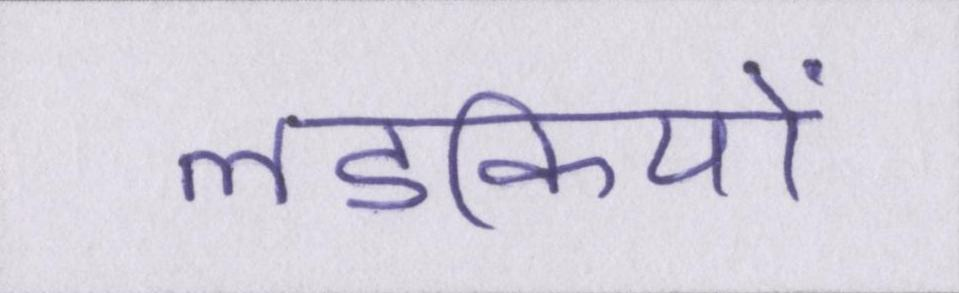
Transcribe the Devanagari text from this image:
लडकियों